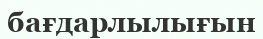
бағдарлылығын